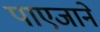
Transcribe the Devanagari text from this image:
पाएजाने